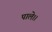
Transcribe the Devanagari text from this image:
पाले।।